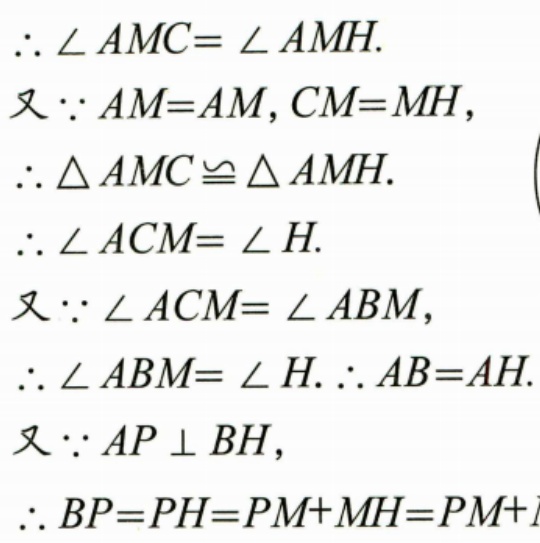
\(\therefore \angle AMC = \angle AMH.\)
又\(\because AM = AM, CM = MH,\)
\(\therefore \triangle AMC\cong\triangle AMH.\)
\(\therefore \angle ACM = \angle H.\)
又\(\because \angle ACM = \angle ABM,\)
\(\therefore \angle ABM = \angle H.\therefore AB = AH.\)
又\(\because AP\perp BH,\)
\(\therefore BP = PH = PM + MH = PM +  \)